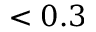
< 0 . 3